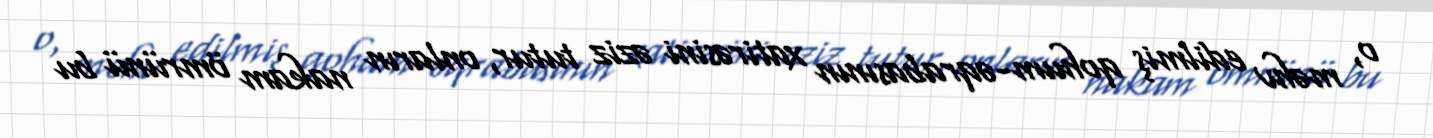
o, məhv edilmiş qohum-əqrabasının xatirəsini əziz tutur, onların nakam ömrünü bu